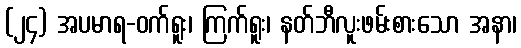
(၂၄) အပမာရ-ဝက်ရူး၊ ကြက်ရူး၊ နတ်ဘီလူးဖမ်းစားသော အနာ၊